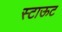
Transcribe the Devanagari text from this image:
स्टाऊट